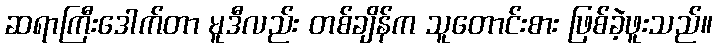
ဆရာကြီးဒေါက်တာ မူဒီလည်း တစ်ချိန်က သူတောင်းစား ဖြစ်ခဲ့ဖူးသည်။